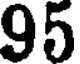
95